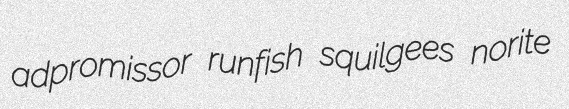
adpromissor runfish squilgees norite